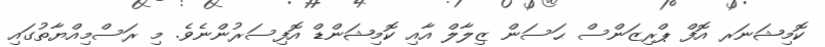
ކޮމިޝަނަރ އޮފް ޕްރިޒަންސް ޙަސަން ޒިލާލް އާއި ކޮމިޝަންޑް އޮފިސަރުންނެވެ. މި ރަސްމިއްޔާތުގައި